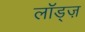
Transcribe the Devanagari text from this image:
लॉड्ज़